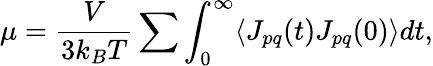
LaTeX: \mu=\frac{V}{3k_{B}T}\sum\int_{0}^{\infty}\langle J_{pq}(t)J_{pq}(0)\rangle dt,